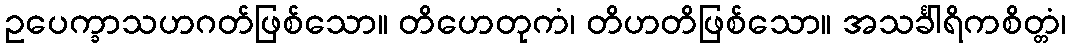
ဥပေက္ခာသဟဂတ်ဖြစ်သော။ တိဟေတုကံ၊ တိဟတိဖြစ်သော။ အသင်္ခါရိကစိတ္တံ၊